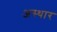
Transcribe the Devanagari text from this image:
अस्थार